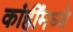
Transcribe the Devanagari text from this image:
कांहींमध्ये